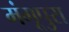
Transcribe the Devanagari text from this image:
मंगूपुरा